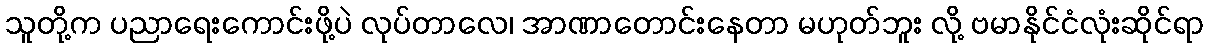
သူတို့က ပညာရေးကောင်းဖို့ပဲ လုပ်တာလေ၊ အာဏာတောင်းနေတာ မဟုတ်ဘူး လို့ ဗမာနိုင်ငံလုံးဆိုင်ရာ